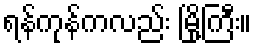
ရန်ကုန်ကလည်း မြို့ကြီး။